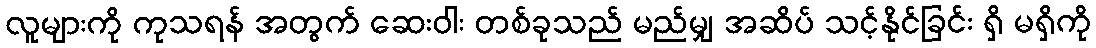
လူများကို ကုသရန် အတွက် ဆေးဝါး တစ်ခုသည် မည်မျှ အဆိပ် သင့်နိုင်ခြင်း ရှိ မရှိကို